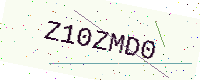
Text: Z10ZMD0